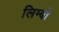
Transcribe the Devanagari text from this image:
लिम्बों